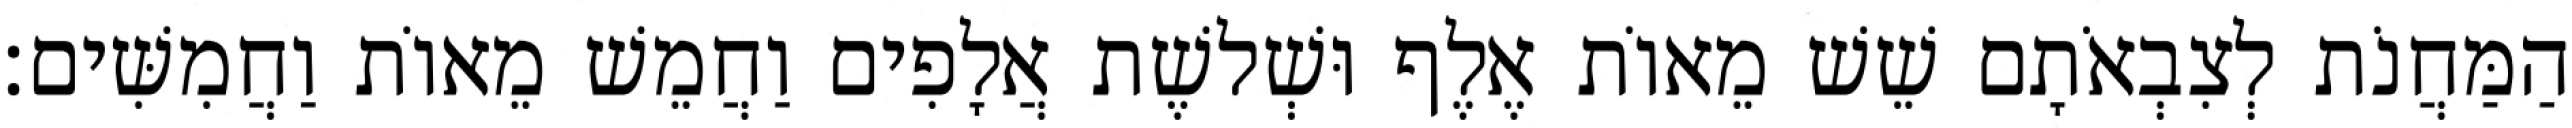
הַמַּחֲנֹת לְצִבְאֹתָם שֵׁשׁ מֵאוֹת אֶלֶף וּשְׁלשֶׁת אֲלָפִים וַחֲמֵשׁ מֵאוֹת וַחֲמִשִּׁים׃